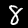
Label: 8